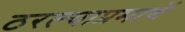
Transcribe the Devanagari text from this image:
ठरल्याप्रमाणें